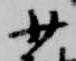
少